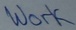
Text: work